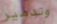
وتدمير